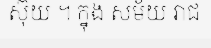
ស៊ុយ ។ ក្នុង សម័យ រាជ